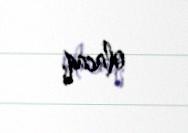
olacaq.